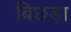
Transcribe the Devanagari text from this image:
बिछड़ा